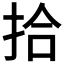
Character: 拾